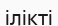
ілікті